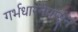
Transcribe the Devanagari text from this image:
गर्भधारनेपासून